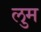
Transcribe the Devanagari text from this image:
लुम